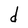
Character: d